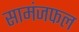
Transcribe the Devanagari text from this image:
सामंजफल